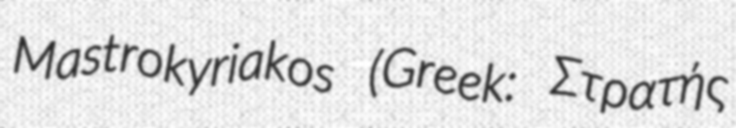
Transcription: Mastrokyriakos (Greek: Στρατής